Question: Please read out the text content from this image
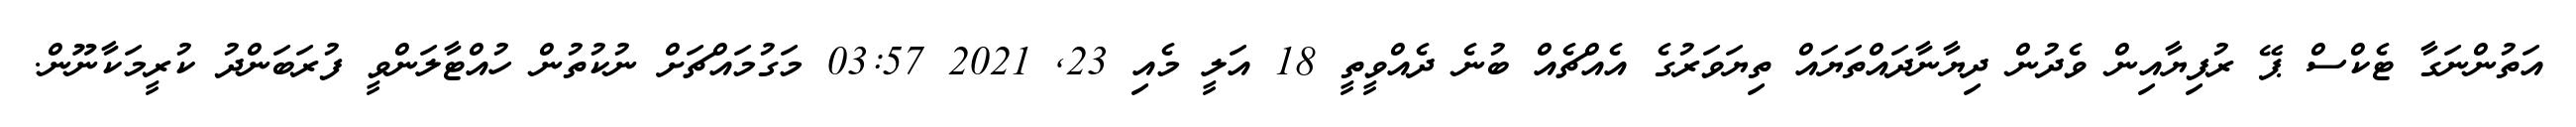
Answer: އަތުންނަގާ ޓެކްސް ޕޭ ރުފިޔާއިން ވެދުން ދިޔާނާދައްތަޔައް ތިޔަވަރުގެ އެއްޗެއް ބުނެ ދެއްވީތީ 18 އަލީ މެއި 23, 2021 03:57 މަގުމައްޗަށް ނުކުތުން ހުއްޓާލަންވީ ފުރަބަންދު ކުރީމަކާނޫން.